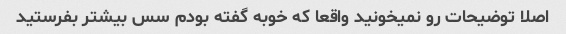
اصلا توضیحات رو نمیخونید واقعا که خوبه گفته بودم سس بیشتر بفرستید